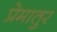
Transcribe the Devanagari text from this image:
प्रेमातुर